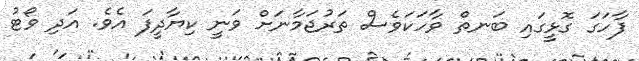
ފާހަގަ ގޮޅީގައި ބަނތް ވާހަކަވެސް ތަރުޖަމާނަށް ވަނީ ކިޔާދީފަ އެވެ. އަދި ވޯޓު